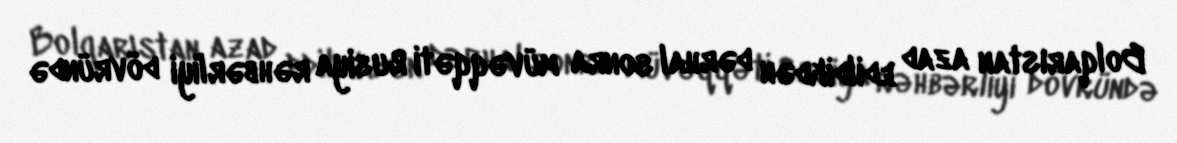
Bolqarıstan azad edildikdən dərhal sonra müvəqqəti Rusiya rəhbərliyi dövründə